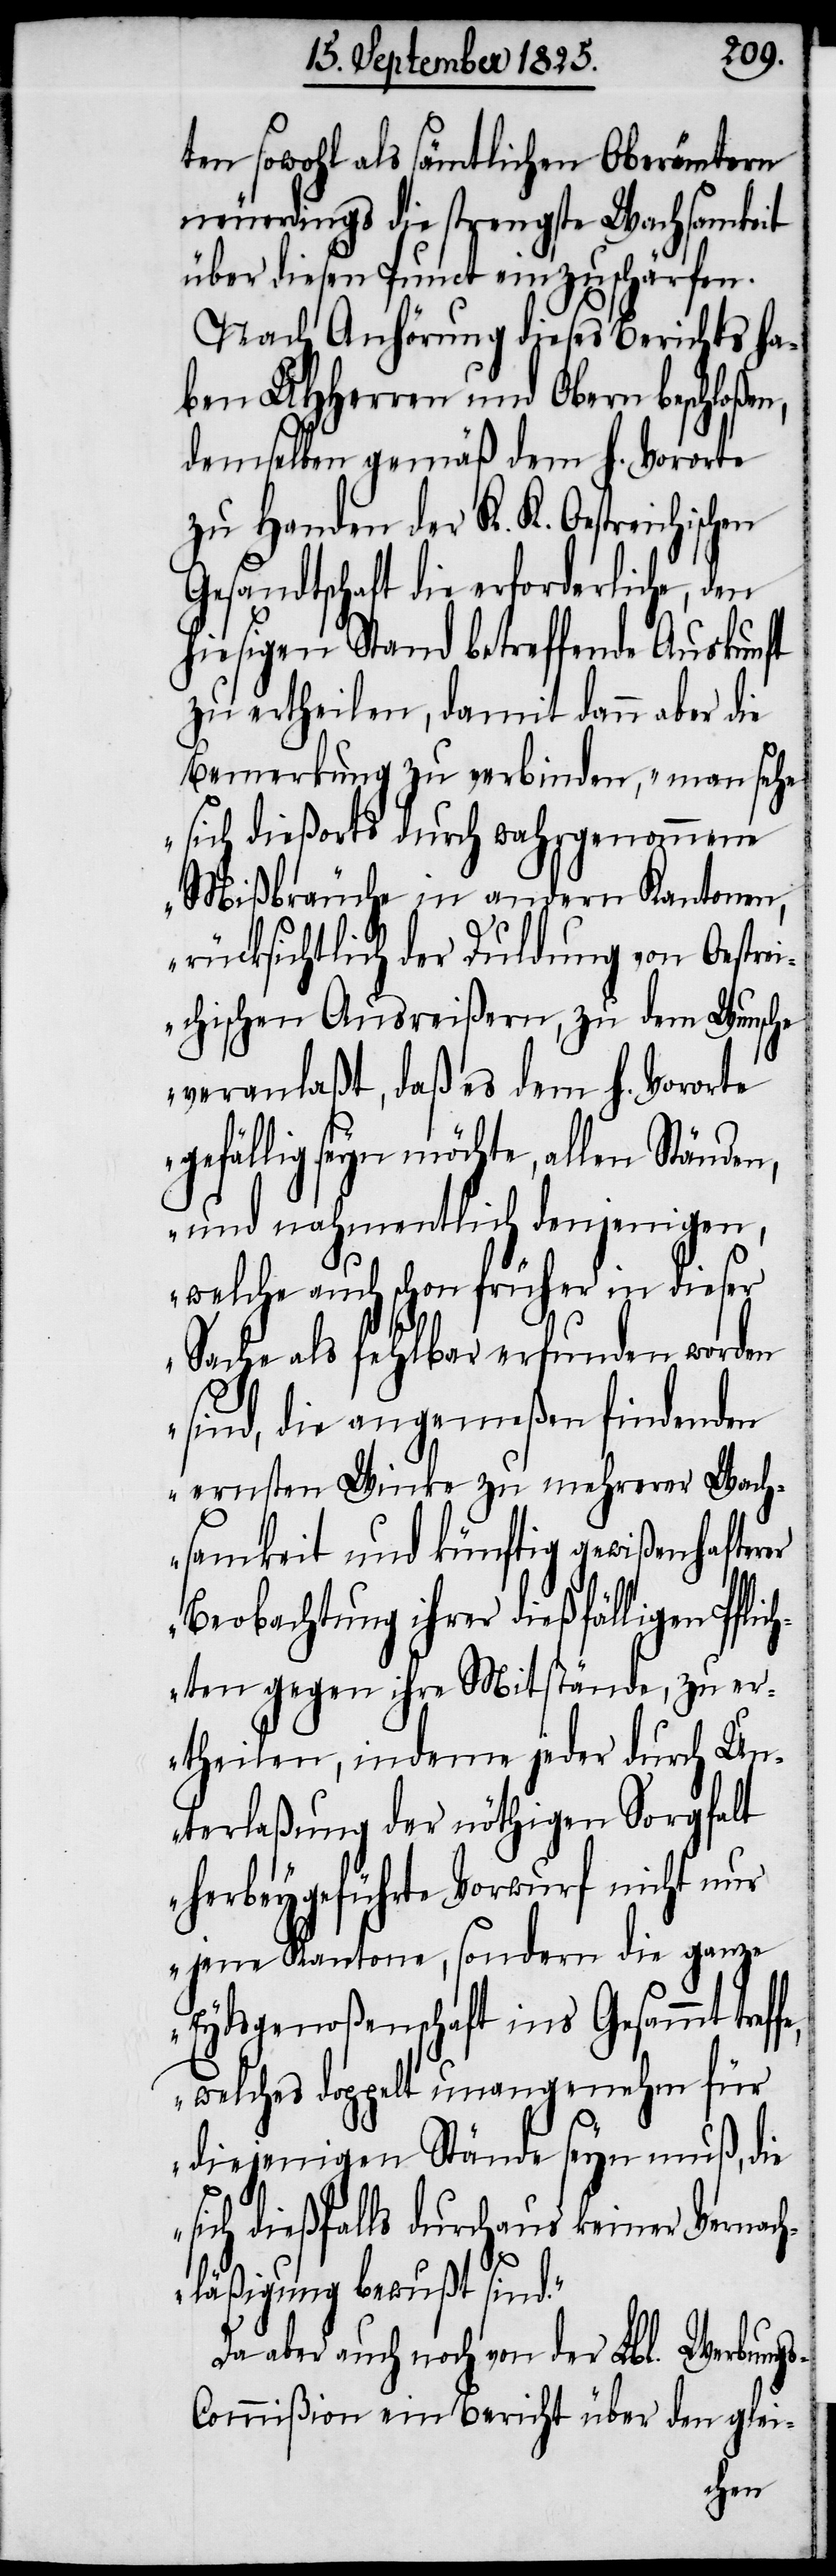
ten sowohl als sämtlichen Oberämtern
neuerdings die strengste Wachsamkeit
über diesen Punct einzuschärfen.
Nach Anhörung dieses Berichtes ha¬
ben UHHerren und Obern beschloßen,
demselben gemäß dem h. Vororte
zu Handen der K. K. Oestreichischen
Gesandtschaft die erforderliche,
hiesigen Stand betreffende Auskunft
zu ertheilen, damit dann aber die
Bemerkung zu verbinden, „man sehe
sich dießorts durch wahrgenommene
Mißbräuche in andern Kantonen,
rücksichtlich der Duldung von Oestrei¬
chischen Ausreißern, zu dem Wunsche
veranlaßt, daß es dem h. Vororte
gefällig seyn möchte, allen Ständen,
und nahmentlich denjenigen,
welche auch schon früher in diese
Sache als fehlbar erfunden worden
sind, die angemeßen findenden
ernsten Winke zu mehrerer Wach¬
samkeit und künftig gewißenhafterer
Beobachtung ihrer dießfälligen Pflic¬
hten gegen ihre Mitstände, zu er¬
theilen, indem jeder durch Un¬
terlaßung der nöthigen Sorgfalt
herbeygeführte Vorwurf nicht nur
jene Kantone, sondern die ganze
Eydsgenoßenschaft ins Gesammt
welches doppelt unangenehm für
diejenigen Stände seyn muß, die
sich dießfalls durchaus keiner Vernac¬
hläßigung bewußt sind“.
Da aber auch noch von der Lbl. Werbung-C¬
ommißion ein Bericht über den glei-